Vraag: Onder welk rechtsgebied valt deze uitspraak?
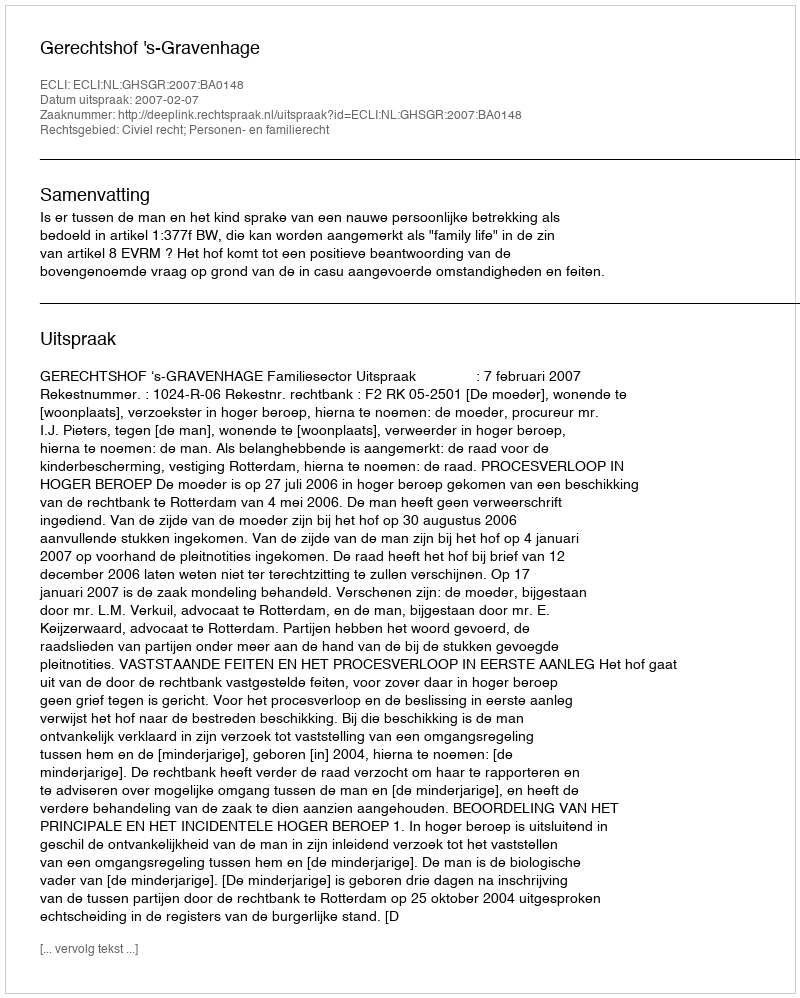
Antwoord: Civiel recht; Personen- en familierecht